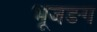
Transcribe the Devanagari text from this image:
भूजङग